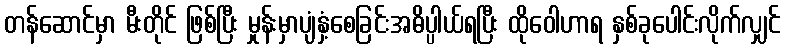
တန်ဆောင်မှာ မီးတိုင် ဖြစ်ပြီး မှုန်းမှာပျံနှံ့စေခြင်းအဓိပ္ပါယ်ရပြီး ထိုဝေါဟာရ နှစ်ခုပေါင်းလိုက်လျှင်